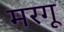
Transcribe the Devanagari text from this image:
मरगू